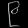
Digit: ၉